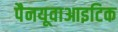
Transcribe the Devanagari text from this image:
पैनयूवाआइटिक